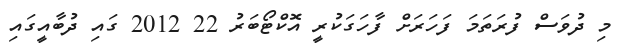
މި ދުވަސް ފުރަތަމަ ފަހަރަށް ފާހަގަކުރީ އޮކްޓޯބަރު 22 2012 ގައި ދުބާއީގައި